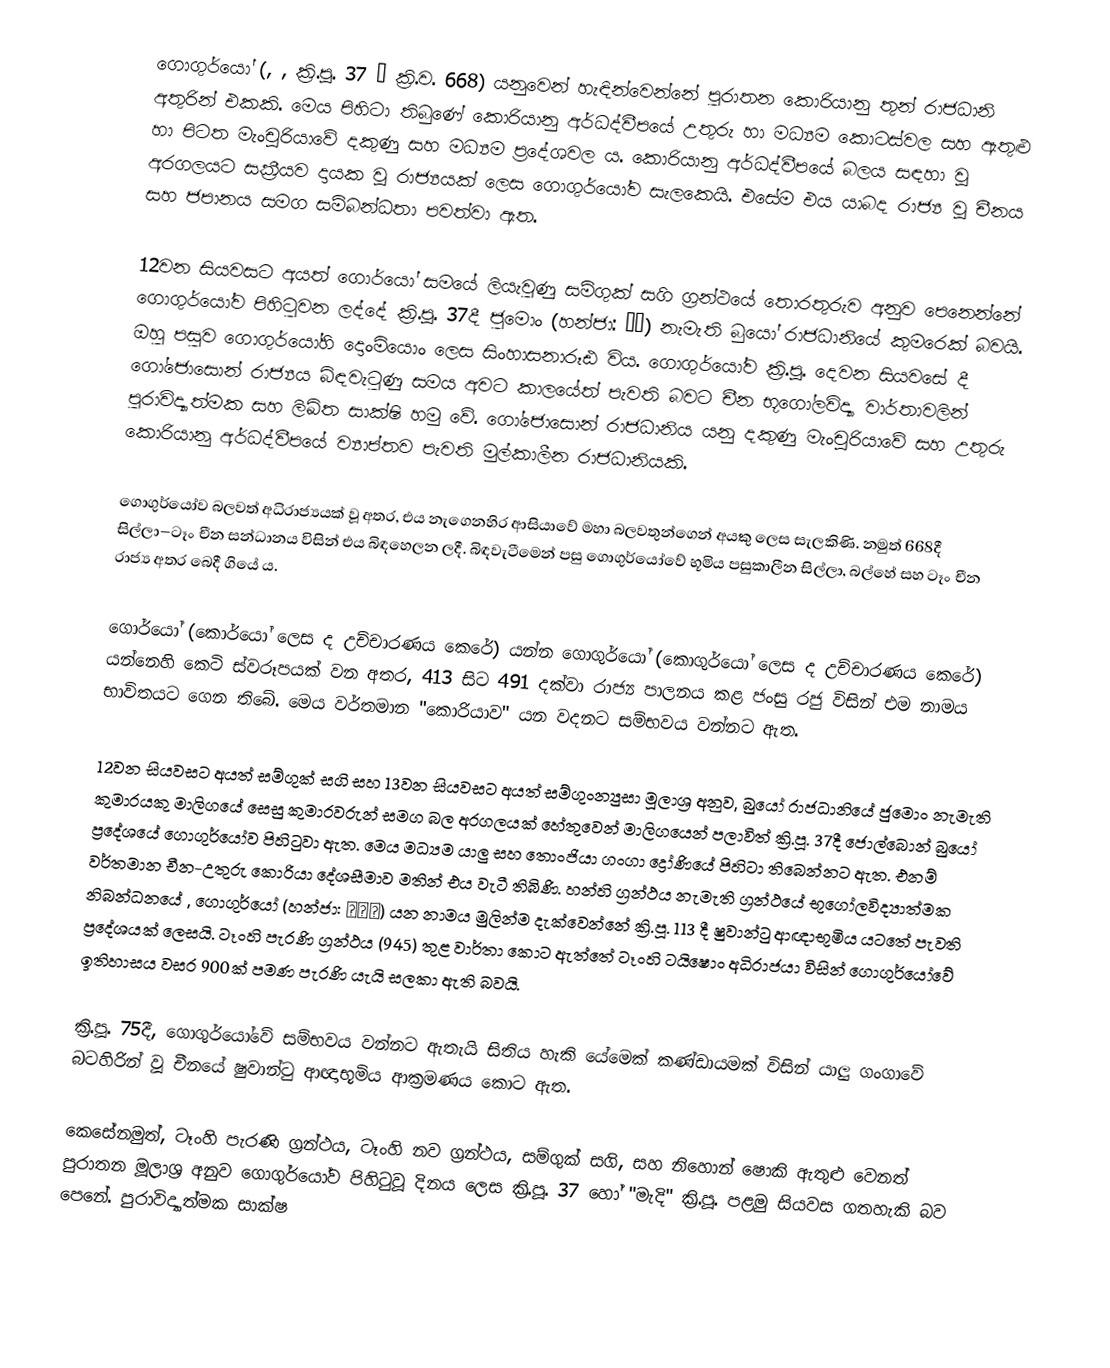
ගොගුර්යෝ (, , ක්‍රි.පූ. 37 – ක්‍රි.ව. 668) යනුවෙන් හැඳින්වෙන්නේ පුරාතන කොරියානු තුන් රාජධානි අතුරින් එකකි. මෙය පිහිටා තිබුණේ කොරියානු අර්ධද්වීපයේ උතුරු හා මධ්‍යම කොටස්වල සහ ඇතුළු හා පිටත මැංචූරියාවේ දකුණු සහ මධ්‍යම ප්‍රදේශවල ය. කොරියානු අර්ධද්වීපයේ බලය සඳහා වූ අරගලයට සක්‍රීයව දායක වූ රාජ්‍යයක් ලෙස ගොගුර්යෝව සැලකෙයි. එසේම එය යාබද රාජ්‍ය වූ චීනය සහ ජපානය සමග සම්බන්ධතා පවත්වා ඇත.

12වන සියවසට අයත් ගොර්යෝ සමයේ ලියැවුණු සම්ගුක් සගි ග්‍රන්ථයේ තොරතුරුව අනුව පෙනෙන්නේ ගොගුර්යෝව පිහිටුවන ලද්දේ ක්‍රි.පූ. 37දී ජුමොං (හන්ජා: 朱蒙) නැමැති බුයෝ රාජධානියේ කුමරෙක් බවයි. ඔහු පසුව ගොගුර්යෝහි දොංමියොං ලෙස සිංහාසනාරූඪ විය. ගොගුර්යෝව ක්‍රි.පූ. දෙවන සියවසේ දී ගෝජොසොන් රාජ්‍යය බිඳවැටුණු සමය අවට කාලයේත් පැවති බවට චීන භූගෝලවිද්‍යා වාර්තාවලින් පුරාවිද්‍යාත්මක සහ ලිඛිත සාක්ෂි හමු වේ. ගෝජොසොන් රාජධානිය යනු දකුණු මැංචූරියාවේ සහ උතුරු කොරියානු අර්ධද්වීපයේ ව්‍යාප්තව පැවති මුල්කාලීන රාජධානියකි.

‍ගොගුර්යෝව බලවත් අධිරාජ්‍යයක් වූ අතර, එය නැගෙනහිර ආසියාවේ මහා බලවතුන්ගෙන් අයකු ලෙස සැලකිණි. නමුත් 668දී සිල්ලා–ටෑං චීන සන්ධානය විසින් එය බිඳහෙලන ලදී. බිඳවැටීමෙන් පසු ගොගුර්යෝවේ භූමිය පසුකාලීන සිල්ලා, බල්හේ සහ ටෑං චීන රාජ්‍ය අතර බෙදී ගියේ ය.

ගොර්යෝ (කොර්යෝ ලෙස ද උච්චාරණය කෙරේ) යන්න ගොගුර්යෝ (කොගුර්යෝ ලෙස ද උච්චාරණය කෙරේ) යන්නෙහි කෙටි ස්වරූපයක් වන අතර, 413 සිට 491 දක්වා රාජ්‍ය පාලනය කළ ජංසු රජු විසින් එම නාමය භාවිතයට ගෙන තිබේ. මෙය වර්තමාන "කොරියාව" යන වදනට සම්භවය වන්නට ඇත.

12වන සියවසට අයත් සම්ගුක් සගි සහ 13වන සියවසට අයත් සම්ගුංන්‍යුසා මූලාශ්‍ර අනුව, බුයෝ රාජධානියේ ජුමොං නැමැති කුමාරයකු මාලිගයේ සෙසු කුමාරවරුන් සමග බල අරගලයක් හේතුවෙන් මාලිගයෙන් පලාවිත් ක්‍රි.පූ. 37දී ‍ජොල්බොන් බුයෝ ප්‍රදේශයේ ගොගුර්යෝව පිහිටුවා ඇත. මෙය මධ්‍යම යාලු සහ තොංජියා ගංගා ද්‍රෝණියේ පිහිටා තිබෙන්නට ඇත. එනම් වර්තමාන චීන-උතුරු කොරියා දේශසීමාව මතින් එය වැටී තිබිණි. හන්හි ග්‍රන්ථය නැමැති ග්‍රන්ථයේ භූගෝලවිද්‍යාත්මක නිබන්ධනයේ , ගොගුර්යෝ (හන්ජා: 高句麗) යන නාමය මුලින්ම දැක්වෙන්නේ ක්‍රි.පූ. 113 දී ෂුවාන්ටු ආඥාභූමිය යටතේ පැවති ප්‍රදේශයක් ලෙසයි. ‍ටෑංහි පැරණි ග්‍රන්ථය (945) තුළ වාර්තා කොට ඇත්තේ ටෑංහි ටයිෂොං අධිරාජයා විසින් ගොගුර්යෝවේ ඉතිහාසය වසර 900ක් පමණ පැරණි යැයි සලකා ඇති බවයි.

ක්‍රි.පූ. 75දී, ගොගුර්යෝවේ සම්භවය වන්නට ඇතැයි සිතිය හැකි යේමෙක් කණ්ඩායමක් විසින් යාලු ගංගාවේ බටහිරින් වූ චීනයේ ෂුවාන්ටු ආඥාභූමිය ආක්‍රමණය කොට ඇත.

කෙසේනමුත්, ටෑංහි පැරණි ග්‍රන්ථය, ටෑංහි නව ග්‍රන්ථය, සම්ගුක් සගි, සහ නිහොන් ෂොකි ඇතුළු වෙනත් පුරාතන මූලාශ්‍ර අනුව ගොගුර්යෝව පිහිටුවූ දිනය ලෙස ක්‍රි.පූ. 37 හෝ "මැදි" ක්‍රි.පූ. පළමු සියවස ගතහැකි බව පෙනේ. පුරාවිද්‍යාත්මක සාක්ෂ